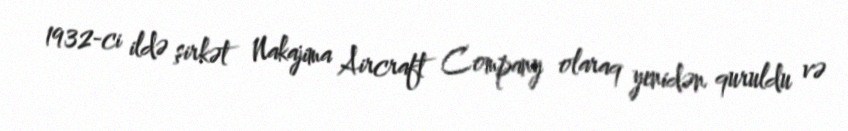
1932-ci ildə şirkət Nakajima Aircraft Company olaraq yenidən quruldu və